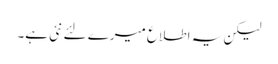
لیکن یہ اطلاع میرے لئے نئی ہے۔